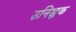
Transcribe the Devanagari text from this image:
उनिच्चुक